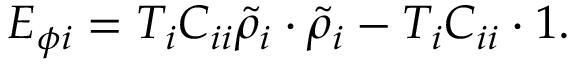
E _ { \phi i } = T _ { i } C _ { i i } { \widetilde \rho } _ { i } \cdot { \widetilde \rho } _ { i } - T _ { i } C _ { i i } \cdot 1 .